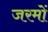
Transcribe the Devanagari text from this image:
जरमों